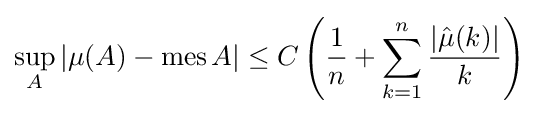
\sup _{A}\left|\mu (A)-\mathrm {mes} \,A\right|\leq C\left({\frac {1}{n}}+\sum _{k=1}^{n}{\frac {|{\hat {\mu }}(k)|}{k}}\right)